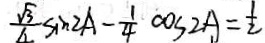
\frac { \sqrt { 3 } } { 4 } \sin 2 A - \frac { 1 } { 4 } \cos 2 A = \frac { 1 } { 2 }